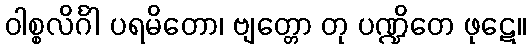
ဝါစ္စလိင်္ဂါ ပရမိတော၊ ဗျတ္တော တု ပဏ္ဍိတေ ဖုဋေ။